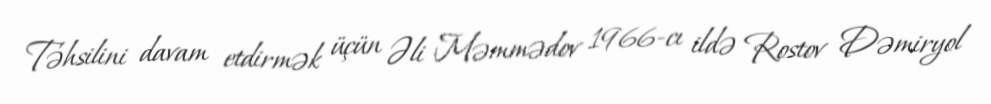
Təhsilini davam etdirmək üçün Əli Məmmədov 1966-cı ildə Rostov Dəmiryol